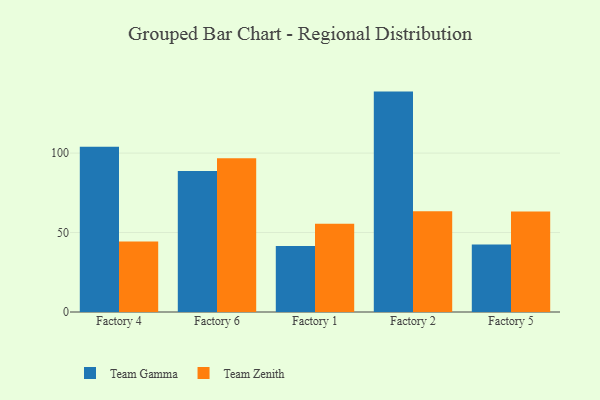
{"axis": {"x": "Factory", "y": "Temperature (°C)"}, "legend": ["Team Gamma", "Team Zenith"], "data": [{"x": "Factory 4", "y": 104.0, "type": "Team Gamma"}, {"x": "Factory 4", "y": 44.4, "type": "Team Zenith"}, {"x": "Factory 6", "y": 88.8, "type": "Team Gamma"}, {"x": "Factory 6", "y": 96.8, "type": "Team Zenith"}, {"x": "Factory 1", "y": 41.6, "type": "Team Gamma"}, {"x": "Factory 1", "y": 55.5, "type": "Team Zenith"}, {"x": "Factory 2", "y": 138.7, "type": "Team Gamma"}, {"x": "Factory 2", "y": 63.4, "type": "Team Zenith"}, {"x": "Factory 5", "y": 42.5, "type": "Team Gamma"}, {"x": "Factory 5", "y": 63.3, "type": "Team Zenith"}]}